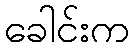
ခေါင်းက